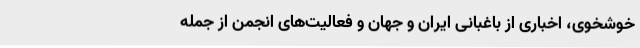
خوشخوی، اخباری از باغبانی ایران و جهان و فعالیت‌های انجمن از جمله